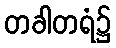
တခါတရံ၌